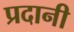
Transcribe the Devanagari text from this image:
प्रदानी